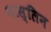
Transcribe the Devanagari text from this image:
मास्लिन